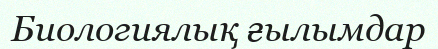
Биологиялық ғылымдар